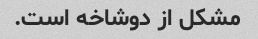
مشکل از دوشاخه است.